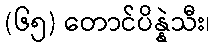
(၆၅) တောင်ပိန္နဲသီး၊